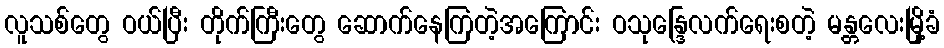
လူသစ်တွေ ဝယ်ပြီး တိုက်ကြီးတွေ ဆောက်နေကြတဲ့အကြောင်း ဝသုန္ဒြေလက်ရေးစတဲ့ မန္တလေးမြို့ခံ